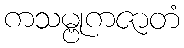
ကသမ္ဗုကဇာတံ